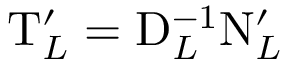
\mathrm { T } _ { L } ^ { \prime } = \mathrm { D } _ { L } ^ { - 1 } \mathrm { N } _ { L } ^ { \prime }